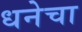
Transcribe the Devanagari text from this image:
धनेचा